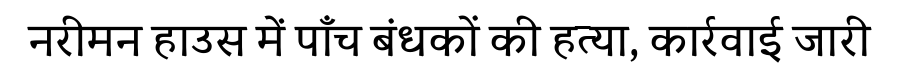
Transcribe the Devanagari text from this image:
नरीमन हाउस में पाँच बंधकों की हत्या, कार्रवाई जारी